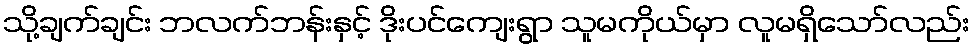
သို့ချက်ချင်း ဘလက်ဘန်းနှင့် ဒိုးပင်ကျေးရွာ သူမကိုယ်မှာ လူမရှိသော်လည်း